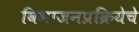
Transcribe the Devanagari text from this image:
विभाजनप्रक्रियेचे